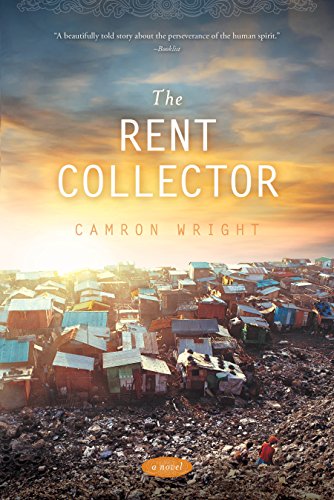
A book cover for The Rent Collector; Camron Wright; Literature & Fiction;